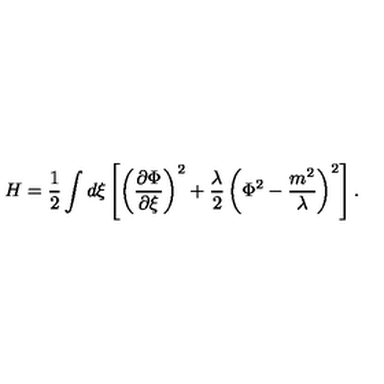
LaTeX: H = \frac { 1 } { 2 } \int d \xi \left[ \left( \frac { \partial \Phi } { \partial \xi } \right) ^ { 2 } + \frac { \lambda } { 2 } \left( \Phi ^ { 2 } - \frac { m ^ { 2 } } { \lambda } \right) ^ { 2 } \right] .